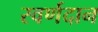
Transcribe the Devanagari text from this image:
स्वर्णदान